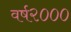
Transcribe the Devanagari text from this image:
वर्ष२०००